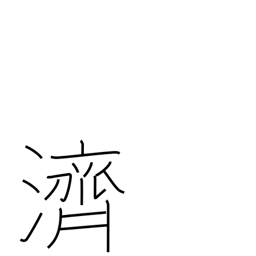
Meaning: to ferry